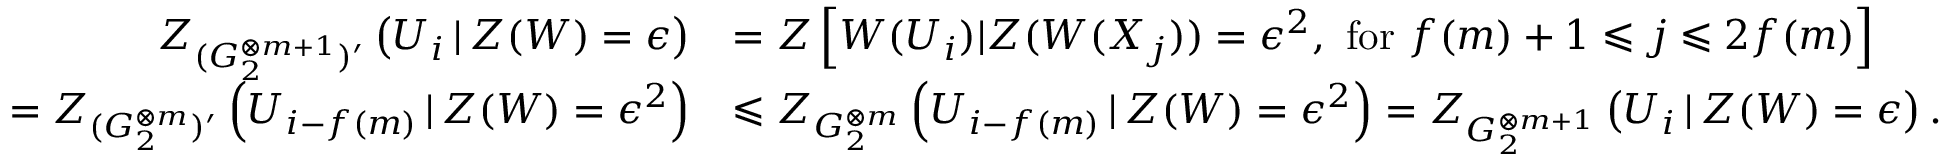
\begin{array} { r l } { Z _ { ( G _ { 2 } ^ { \otimes m + 1 } ) ^ { \prime } } \left( U _ { i } \, | \, Z ( W ) = \epsilon \right) } & { = Z \left[ W ( U _ { i } ) | Z ( W ( X _ { j } ) ) = \epsilon ^ { 2 } , \mathrm { ~ f o r ~ } f ( m ) + 1 \leqslant j \leqslant 2 f ( m ) \right] } \\ { = Z _ { ( G _ { 2 } ^ { \otimes m } ) ^ { \prime } } \left( U _ { i - f ( m ) } \, | \, Z ( W ) = \epsilon ^ { 2 } \right) } & { \leqslant Z _ { G _ { 2 } ^ { \otimes m } } \left( U _ { i - f ( m ) } \, | \, Z ( W ) = \epsilon ^ { 2 } \right) = Z _ { G _ { 2 } ^ { \otimes m + 1 } } \left( U _ { i } \, | \, Z ( W ) = \epsilon \right) . } \end{array}